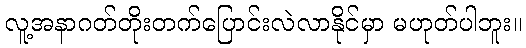
လူ့အနာဂတ်တိုးတက်ပြောင်းလဲလာနိုင်မှာ မဟုတ်ပါဘူး။